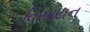
વિસાયન